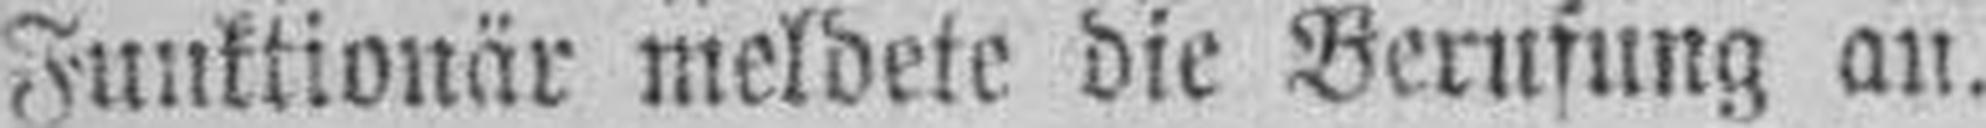
Funktionär meldete die Berufung an.